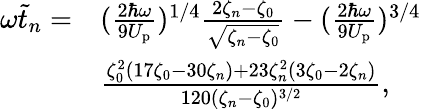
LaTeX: \begin{array}{rl}{\omega\tilde{t}_{n}=}&{(\frac{2\hbar\omega}{9U_{\mathrm{p}}})^{1/4}\frac{2\zeta_{n}-\zeta_{0}}{\sqrt{\zeta_{n}-\zeta_{0}}}-(\frac{2\hbar\omega}{9U_{\mathrm{p}}})^{3/4}}\\ &{\frac{\zeta_{0}^{2}(17\zeta_{0}-30\zeta_{n})+23\zeta_{n}^{2}(3\zeta_{0}-2\zeta_{n})}{120(\zeta_{n}-\zeta_{0})^{3/2}},}\end{array}